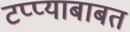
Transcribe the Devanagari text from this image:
टप्प्याबाबत